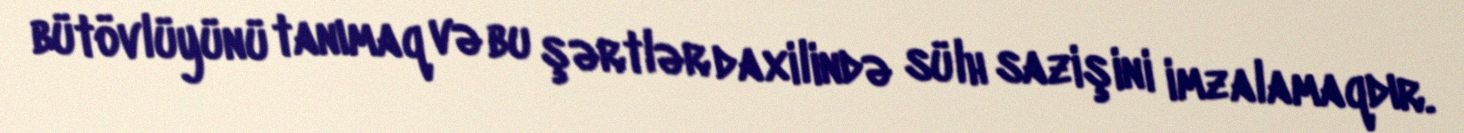
bütövlüyünü tanımaq və bu şərtlər daxilində sülh sazişini imzalamaqdır.